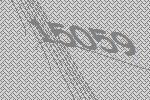
15059